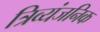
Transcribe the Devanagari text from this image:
त्रिव्यंजनिक